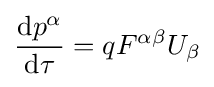
{\frac {\mathrm {d} p^{\alpha }}{\mathrm {d} \tau }}=qF^{\alpha \beta }U_{\beta }